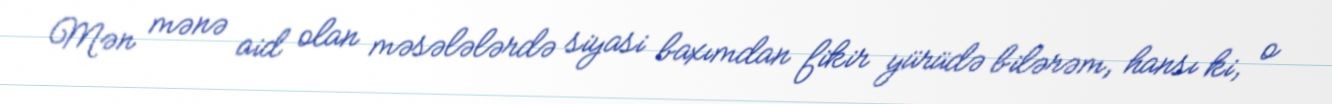
Mən mənə aid olan məsələlərdə siyasi baxımdan fikir yürüdə bilərəm, hansı ki, o